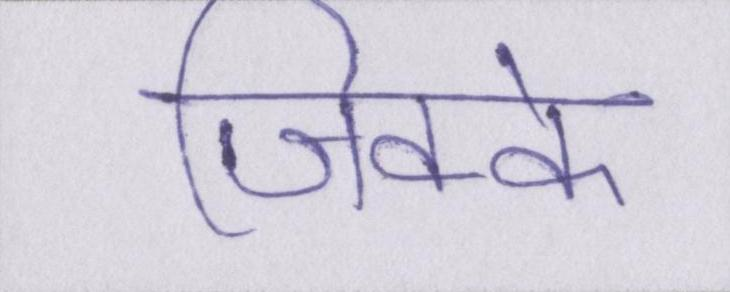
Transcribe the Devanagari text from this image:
जिक्के